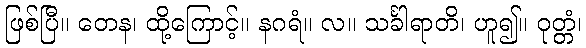
ဖြစ်ပြီ။ တေန၊ ထို့ကြောင့်။ နဂရံ။ လ။ သင်္ခါရာတိ၊ ဟူ၍။ ဝုတ္တံ၊